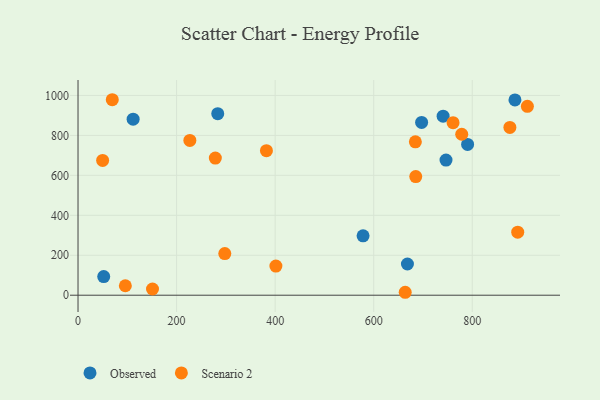
{"axis": {"x": "Speed", "y": "Fuel Efficiency"}, "legend": ["Observed", "Scenario 2"], "data": [{"x": "111.8", "y": 881.3, "type": "Observed"}, {"x": "668.4", "y": 156.3, "type": "Observed"}, {"x": "790.5", "y": 754.9, "type": "Observed"}, {"x": "746.7", "y": 676.4, "type": "Observed"}, {"x": "740.8", "y": 896.2, "type": "Observed"}, {"x": "52.1", "y": 93.5, "type": "Observed"}, {"x": "578.4", "y": 297.5, "type": "Observed"}, {"x": "886.6", "y": 977.6, "type": "Observed"}, {"x": "697.2", "y": 865.1, "type": "Observed"}, {"x": "283.5", "y": 908.6, "type": "Observed"}, {"x": "778.6", "y": 805.7, "type": "Scenario 2"}, {"x": "226.9", "y": 775.0, "type": "Scenario 2"}, {"x": "876.3", "y": 839.8, "type": "Scenario 2"}, {"x": "49.9", "y": 674.5, "type": "Scenario 2"}, {"x": "382.3", "y": 723.5, "type": "Scenario 2"}, {"x": "278.6", "y": 686.7, "type": "Scenario 2"}, {"x": "911.8", "y": 945.5, "type": "Scenario 2"}, {"x": "684.5", "y": 767.8, "type": "Scenario 2"}, {"x": "151.1", "y": 31.2, "type": "Scenario 2"}, {"x": "761.0", "y": 863.6, "type": "Scenario 2"}, {"x": "96.0", "y": 47.3, "type": "Scenario 2"}, {"x": "892.2", "y": 315.6, "type": "Scenario 2"}, {"x": "401.5", "y": 146.1, "type": "Scenario 2"}, {"x": "69.5", "y": 978.6, "type": "Scenario 2"}, {"x": "685.3", "y": 594.1, "type": "Scenario 2"}, {"x": "663.9", "y": 14.7, "type": "Scenario 2"}, {"x": "297.8", "y": 208.5, "type": "Scenario 2"}]}